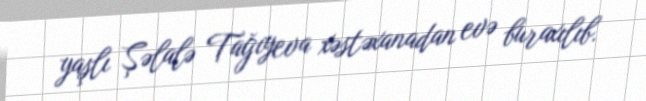
yaşlı Şəlalə Tağıyeva xəstəxanadan evə buraxılıb.